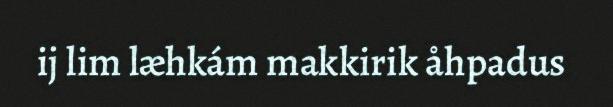
ij lim læhkám makkirik åhpadus